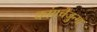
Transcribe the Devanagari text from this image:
कांगचेंजुन्गा